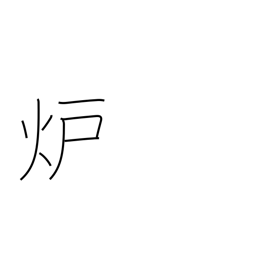
Meaning: reactor